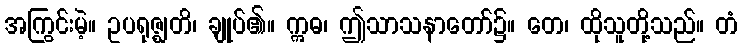
အကြွင်းမဲ့။ ဥပရုဇ္ဈတိ၊ ချုပ်၏။ ဣဓ၊ ဤသာသနာတော်၌။ တေ၊ ထိုသူတို့သည်။ တံ